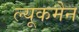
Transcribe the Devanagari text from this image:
ल्यूकमैन